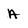
Character: A